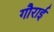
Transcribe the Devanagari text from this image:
गौराई